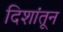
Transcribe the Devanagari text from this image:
दिशांतून